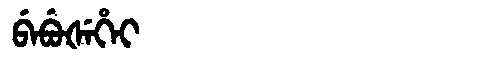
Manchu: ᠪᡝᠪᡠᡧᡝᡥᡝᡳ
Romanization: BEBUŠEHEI